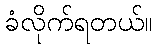
ခံလိုက်ရတယ်။